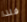
فلذا